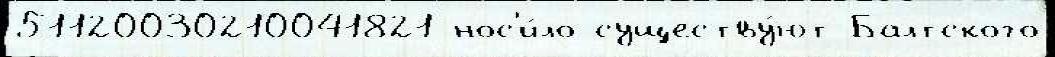
51120030210041821 нос'и́ло существу́ют Балтского